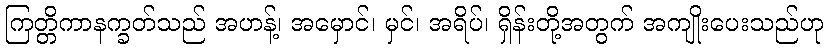
ကြတ္တိကာနက္ခတ်သည် အဟန့်၊ အမှောင်၊ မှင်၊ အရိပ်၊ ရှိန်းတို့အတွက် အကျိုးပေးသည်ဟု